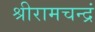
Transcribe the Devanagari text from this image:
श्रीरामचन्द्रं